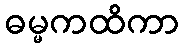
ဓမ္မကထိကာ